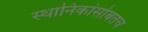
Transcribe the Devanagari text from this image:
स्थानिकांसोबतच